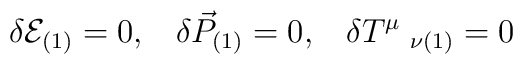
\delta {\cal{E}}_{(1)}=0,\;\;\;\delta\vec{{P}}_{(1)}=0,\;\;\;\delta{T}^\mu\;_{\nu(1)}=0